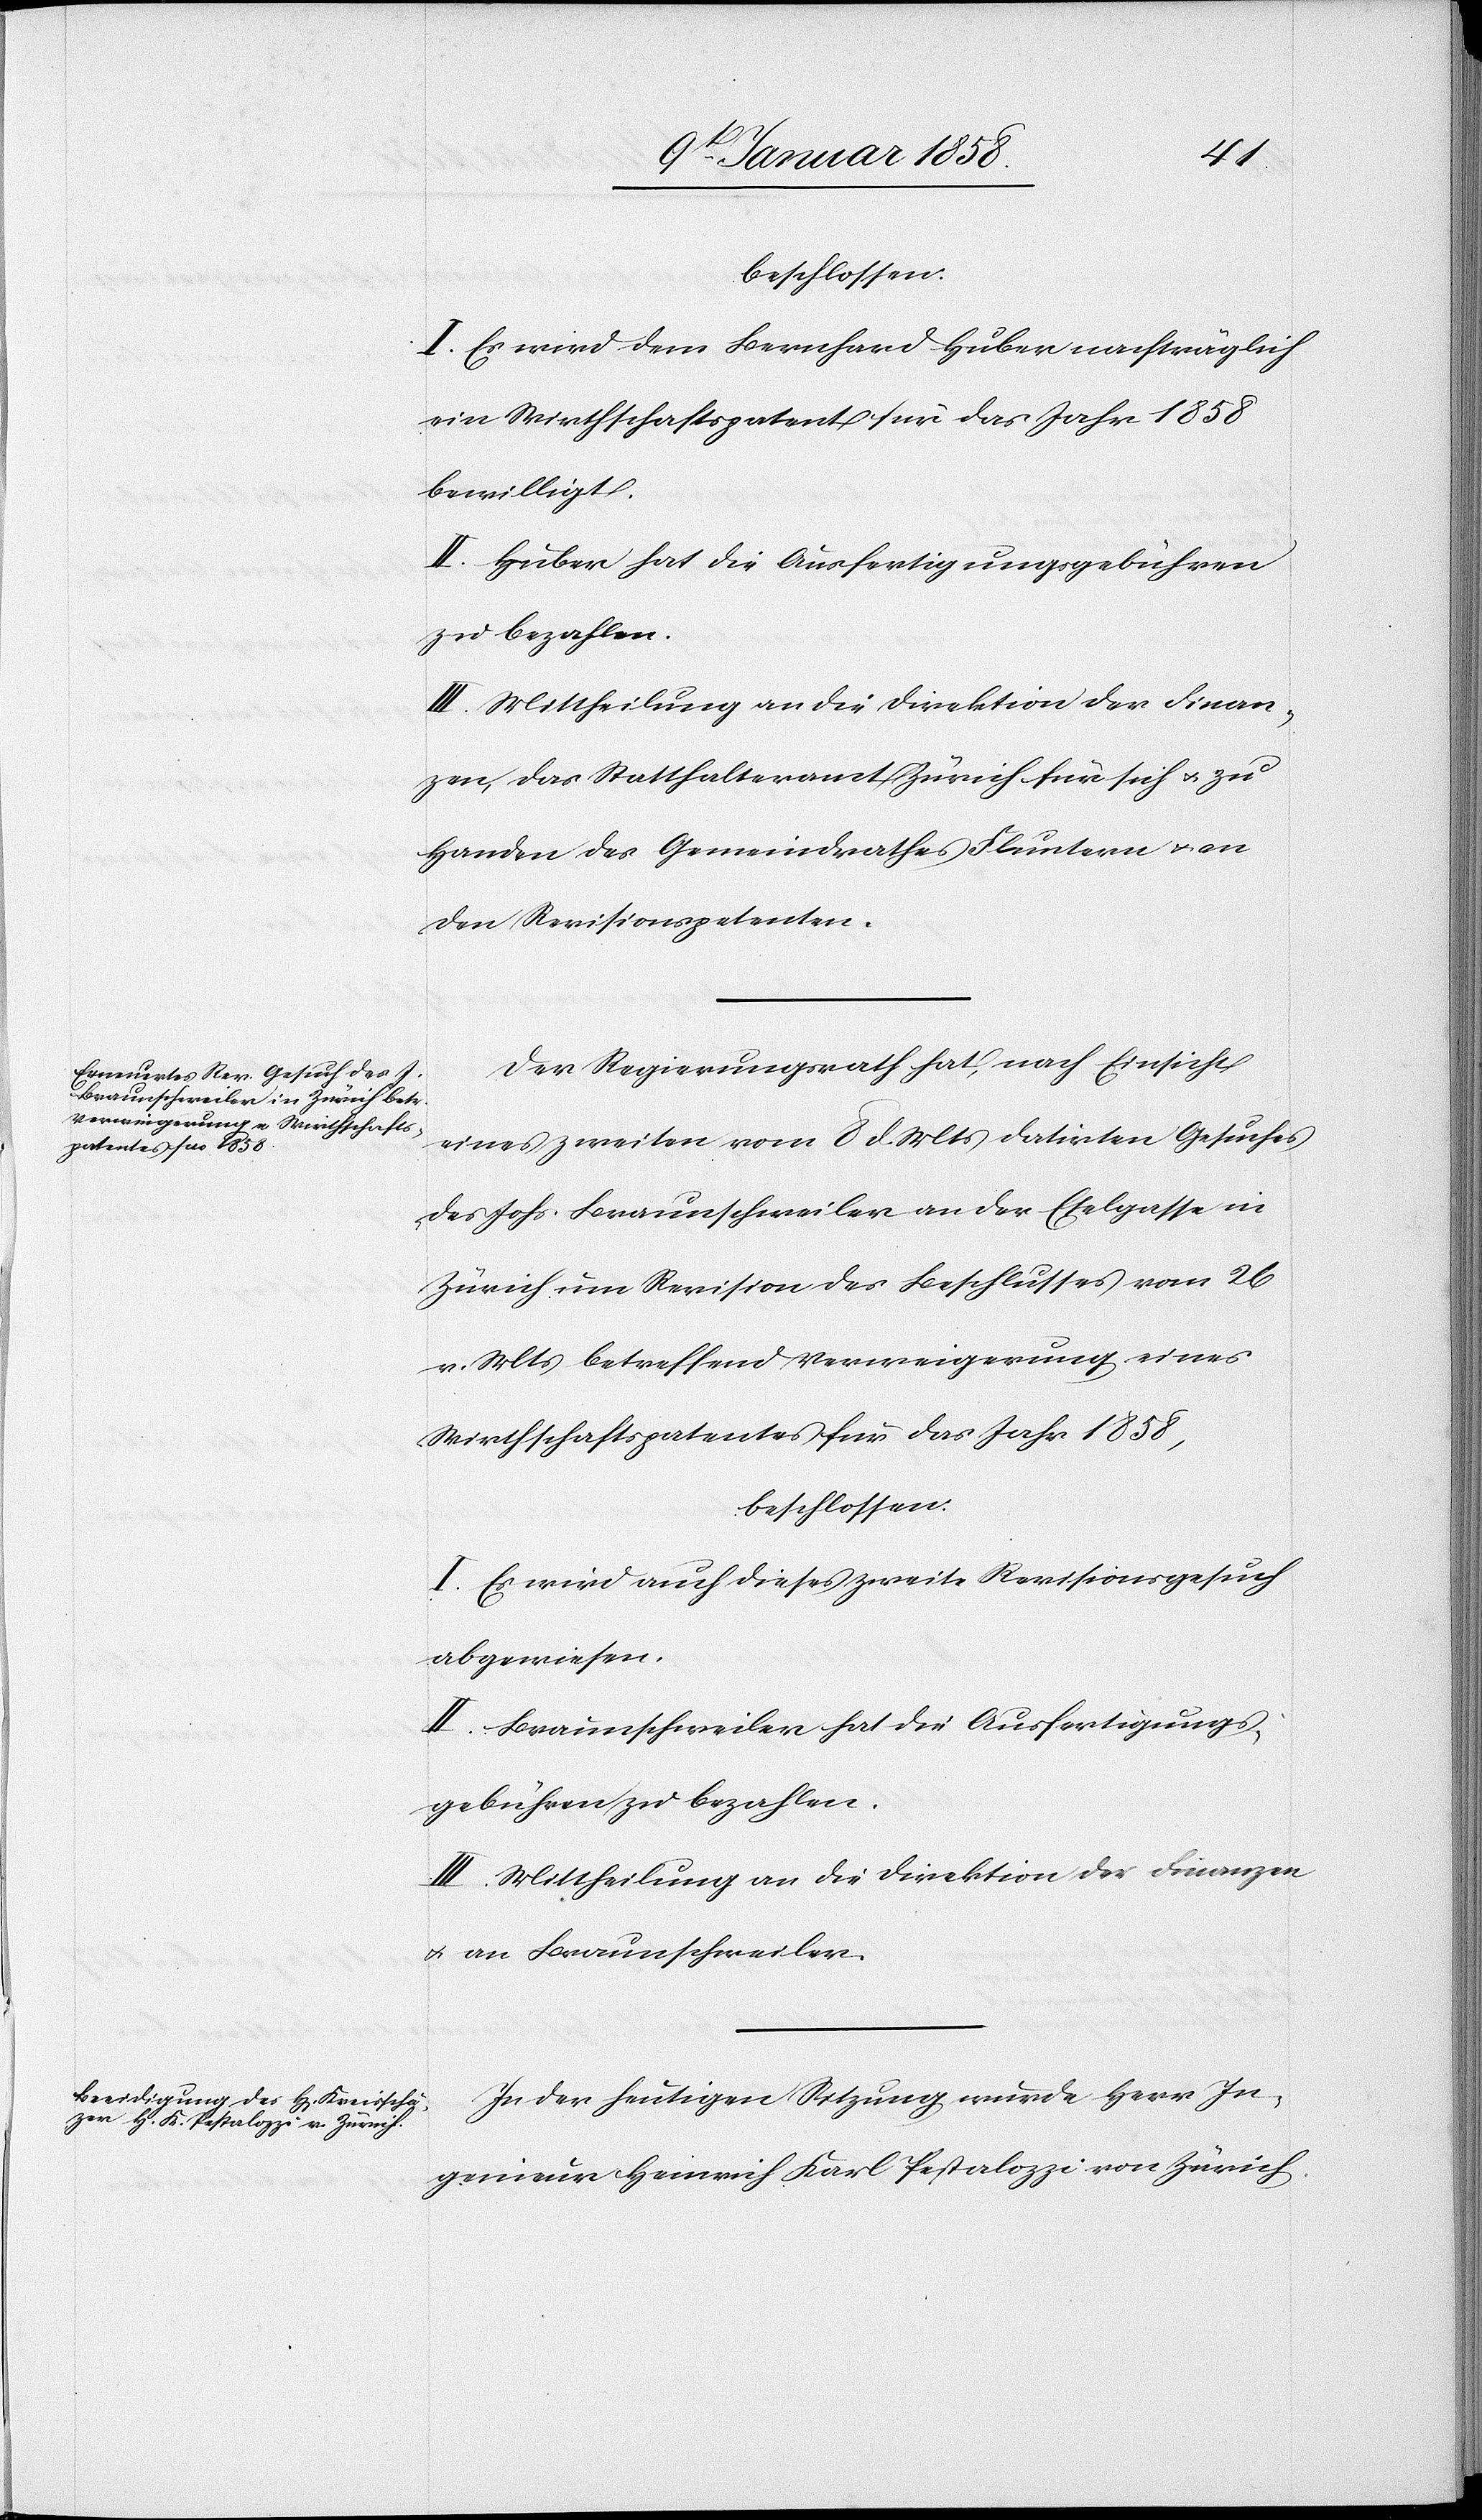
beschlossen:
I. Es wird dem Bernhard Huber nachträglich
ein Wirthschaftspatent für das Jahr 1858
bewilligt.
II. Huber hat die Ausfertigungsgebühren
zu bezahlen.
III. Mittheilung an die Direktion der Finan¬
zen, das Statthalteramt Zürich für sich u. zu
Handen des Gemeindrathes Fluntern u. an
den Revisionspetenten.
Der Regierungsrath hat nach Einsicht
eines zweiten vom 8 d. Mts datirten Gesuches
des Johs. Braunschweiler an der Eselgasse in
Zürich um Revision des Beschlusses vom 26
v. Mts betreffend Verweigerung eines
Wirthschaftspatentes für das Jahr 1858,
beschlossen:
I. Es wird auch dieses zweite Revisionsgesuch
abgewiesen.
II. Braunschweiler hat die Ausfertigungs¬
gebühren zu bezahlen.
III. Mittheilung an die Direktion der Finanzen
u. an Braunschweiler.
In der heutigen Sitzung wurde Herr In¬
genieur Heinrich Karl Pestalozzi von Zürich